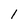
Character: 1